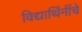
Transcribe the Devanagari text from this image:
विद्यार्थिनींचे